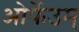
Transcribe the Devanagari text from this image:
ओर्फेउम्